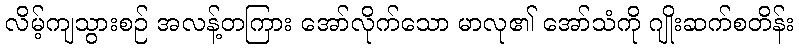
လိမ့်ကျသွားစဉ် အလန့်တကြား အော်လိုက်သော မာလု၏ အော်သံကို ဂျိုးဆက်စတိန်း